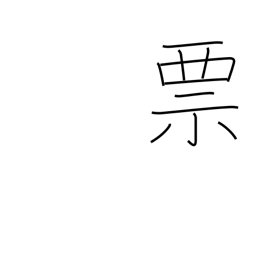
Meaning: label